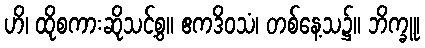
ဟိ၊ ထိုစကားဆိုသင့်စွ။ ဧကဒိဝသံ၊ တစ်နေ့သ၌။ ဘိက္ခူ၊